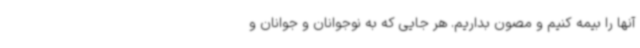
آنها را بیمه کنیم و مصون بداریم. هر جایی که به نوجوانان و جوانان و